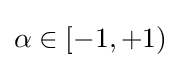
\alpha \in [-1,+1)